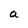
Character: a